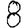
Digit: 8